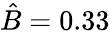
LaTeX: \hat{B}=0.33